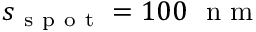
s _ { \mathrm { ~ s ~ p ~ o ~ t ~ } } = 1 0 0 ~ \mathrm { ~ n ~ m ~ }